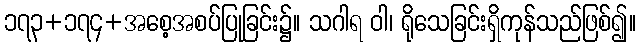
၁၇၃+၁၇၄+အစေ့အစပ်ပြုခြင်း၌။ သဂါရ ဝါ၊ ရိုသေခြင်းရှိကုန်သည်ဖြစ်၍။